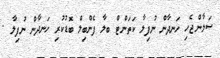
ސަލާންޖެހި ހަނދާން ނުފިލާ ކަތަންޓް ބލާ ފެންބިލް ބޮޑުކުރި ހަނދާން ނުފިލާ .